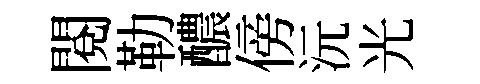
閱勒醲傍沅光